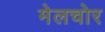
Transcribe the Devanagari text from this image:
मेलचोर